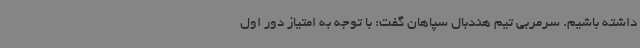
داشته باشیم. سرمربی تیم هندبال سپاهان گفت: با توجه به امتیاز دور اول